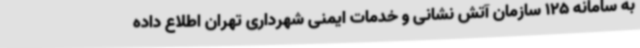
به سامانه 125 سازمان آتش نشانی و خدمات ایمنی شهرداری تهران اطلاع داده